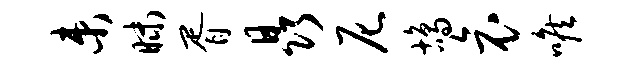
束昧胥晶尼鸪哀喉